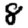
Digit: 8